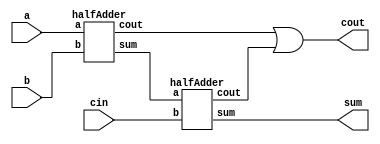
/*

fullAdder_instantiation 
- using two HalfAdders

*/

module fullAdder_instantiation(
				input a, 
				input b, 
				input cin, 
				output sum, 
				output cout
				);

wire s1, c1, c2;	
										
// halfAdder ha1(a, b, s1, c1);
// halfAdder ha2(s1, cin, sum, c2);
			
halfAdder ha1(.a(a), .b(b), .sum(s1), .cout(c1));
halfAdder ha2(s1, cin, sum, c2);
or (cout, c1, c2);


endmodule



// Instantiating from:
module halfAdder(a, b, sum, cout);

input a, b;
output sum, cout;

assign sum  = a^b;
assign cout = a&b;

endmodule